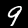
Label: 9